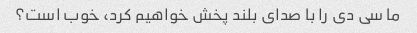
ما سی دی را با صدای بلند پخش خواهیم کرد، خوب است؟